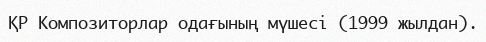
ҚР Композиторлар одағының мүшесі (1999 жылдан).